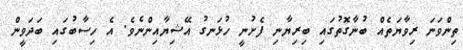
ތިންވަނަ ރިވާޔަތެއް ބުނާގޮތުގައި ބިރިޔާނި ފެށުނީ ހުޅަނގު އޭޝިޔާއިންނެވެ. އެ ހިސާބުގައި ބަދަވީން